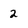
Character: 2